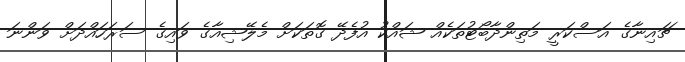
ޗައިނާގެ އަސްކަރީ މަތިންދާބޯޓުތަކެއް ޝައްކު އުފެދޭ ގޮތަކަށް މެލޭޝިއާގެ ވައިގެ ސަރަހައްދަށް ވަންނަ